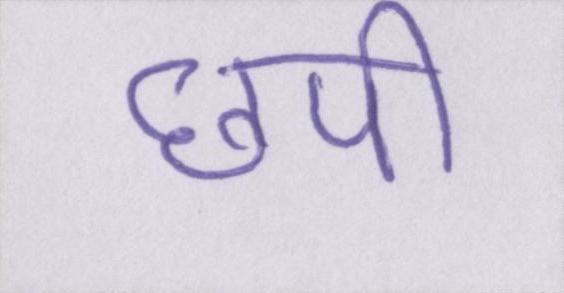
छपी